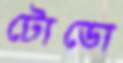
টোডো